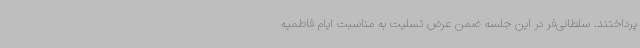
پرداختند. سلطانی‌فر در این جلسه ضمن عرض تسلیت به مناسبت ایام فاطمیه